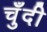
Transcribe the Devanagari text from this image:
चुँदी